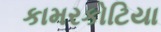
કામરકોટિયા